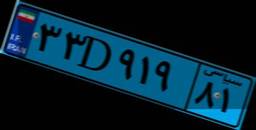
۳۳D۹۱۹۸۱